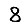
Digit: 8